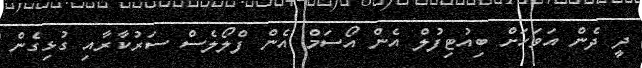
ދީ ދެން އަވަހަށް ބިއުޓިފުލް އެން އޯސަމް އެން ފްލޯލެސް ސަރުކާރާއި ގުޅިގެން